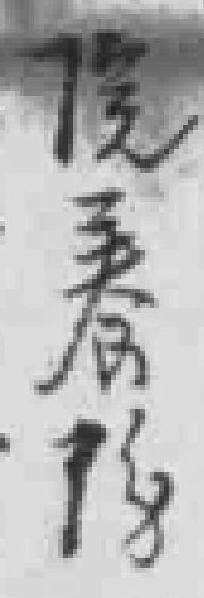
院養傷